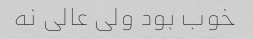
خوب بود ولی عالی نه